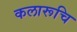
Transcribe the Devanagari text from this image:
कलारूचि